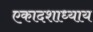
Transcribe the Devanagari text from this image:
एकादशाध्याय